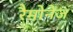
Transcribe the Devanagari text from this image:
रैमोनेज